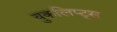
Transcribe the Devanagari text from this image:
युकलिप्ट्स